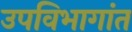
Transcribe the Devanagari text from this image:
उपविभागांत